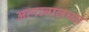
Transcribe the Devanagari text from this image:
आगरवालच्या